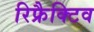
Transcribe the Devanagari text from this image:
रिफ्रैक्टिव